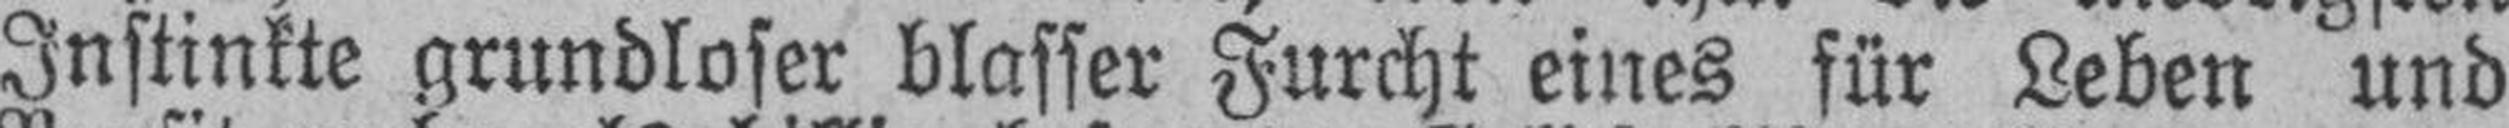
Instinkte grundloser blasser Furcht eines für Leben und